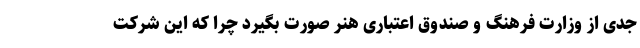
جدی از وزارت فرهنگ و صندوق اعتباری هنر صورت بگیرد چرا که این شرکت